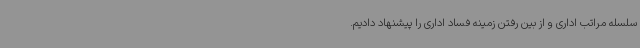
سلسله مراتب اداری و از بین رفتن زمینه فساد اداری را پیشنهاد دادیم.